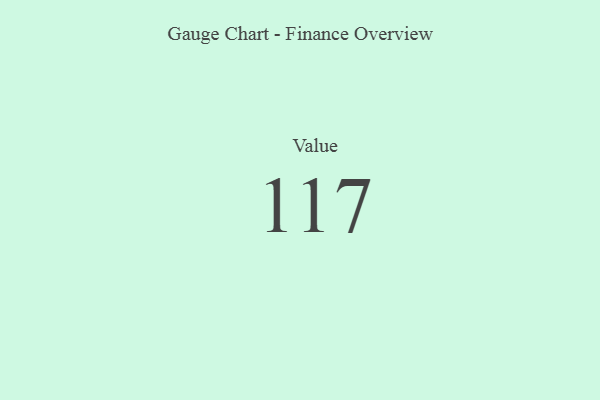
{"axis": {"x": "Metric", "y": "Value"}, "legend": [""], "data": [{"x": "Value", "y": 117, "type": ""}]}